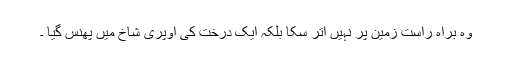
وہ براہ راست زمین پر نہیں اتر سکا بلکہ ایک درخت کی اوپری شاخ میں پھنس گیا ۔